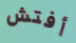
أفتش